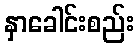
နှာခေါင်းစည်း